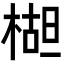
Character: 𬃱